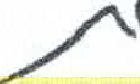
אות: ת